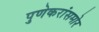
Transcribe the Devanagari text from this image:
पुणेकरांसमोर